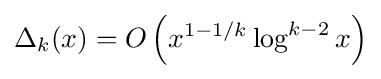
\Delta _{k}(x)=O\left(x^{1-1/k}\log ^{k-2}x\right)